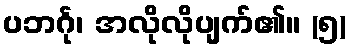
ပဘင်္ဂု၊ အလိုလိုပျက်၏။ (၅)